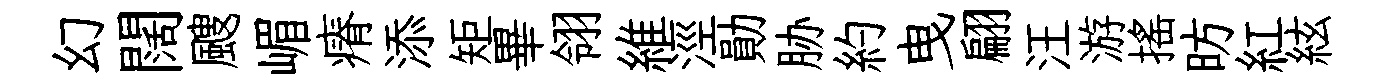
幻闊颼嵋瘠添矩畢翎維涇勛胁約曳翩汪游揺昉紅絃